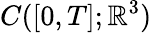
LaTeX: C([0,T];\mathbb{R}^{3})